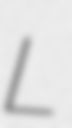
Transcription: L